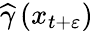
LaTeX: \widehat{\gamma}\left(x_{t+\varepsilon}\right)